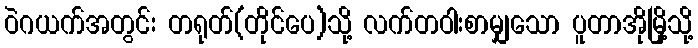
ဝဲဂယက်အတွင်း တရုတ်(တိုင်ပေ)သို့ လက်တဝါးစာမျှသော ပူတာအိုမြို့သို့